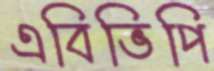
এবিভিপি